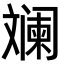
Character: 斓